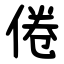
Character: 倦